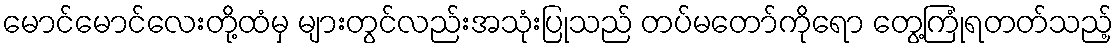
မောင်မောင်လေးတို့ထံမှ များတွင်လည်းအသုံးပြုသည် တပ်မတော်ကိုရော တွေ့ကြုံရတတ်သည့်